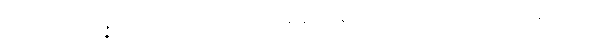
အမှာစကား၊ ဥပ္ပဇ္ဇဿတိ၊ ဟူသောပါဌ်ဖြင့် ယနေ့ နက်ဖြန်ဟူ၍ မမှတ်အပ်သောကာလရှိနေ ရကား